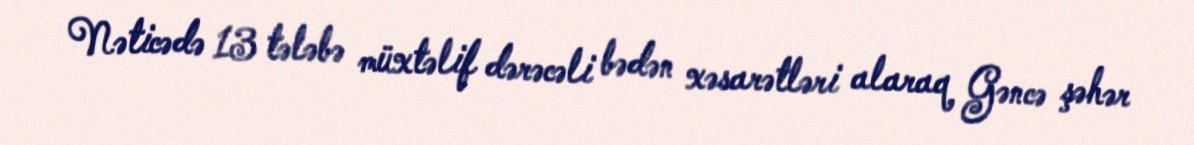
Nəticədə 13 tələbə müxtəlif dərəcəli bədən xəsarətləri alaraq Gəncə şəhər